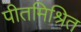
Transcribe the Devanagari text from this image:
पीतमिश्रित